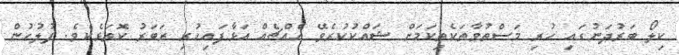
ކިލޯ ބަރުދަނުގައި ހުރި މަސްތުވާތަކެތިކަމަށް ޝައްކުކުރެވޭ އެއްޗެއް އަޅާފައިހުރި ރަބަރު ކޮތަޅެކެވެ. ފުލުހުން